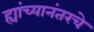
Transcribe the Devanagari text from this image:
ह्यांच्यानंतरचे